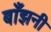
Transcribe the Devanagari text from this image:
बाँझनी